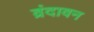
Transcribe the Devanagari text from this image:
व्रंदावन